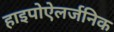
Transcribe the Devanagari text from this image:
हाइपोऐलर्जनिक